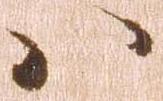
ハ